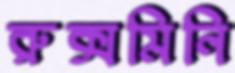
রুক্সমিনি